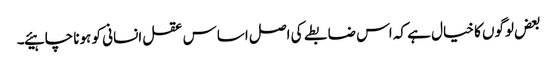
بعض لوگوں کا خیال ہے کہ اس ضابطے کی اصل اساس عقل انسانی کو ہونا چاہیئے۔